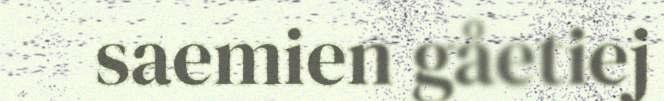
saemien gåetiej